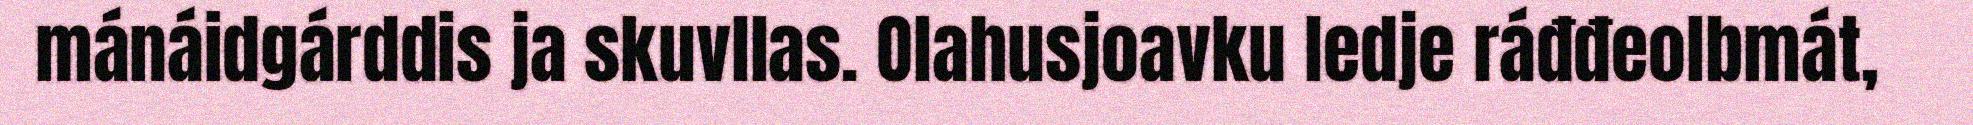
mánáidgárddis ja skuvllas. Olahusjoavku ledje ráđđeolbmát,